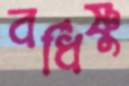
বর্ধিষ্ণুু